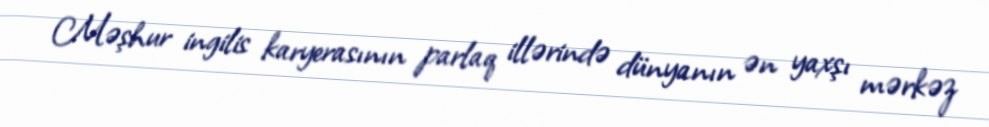
Məşhur ingilis karyerasının parlaq illərində dünyanın ən yaxşı mərkəz